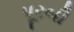
પૂરબી